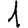
Digit: 1